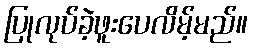
ပြုလုပ်ခဲ့ဖူးပေလိမ့်မည်။